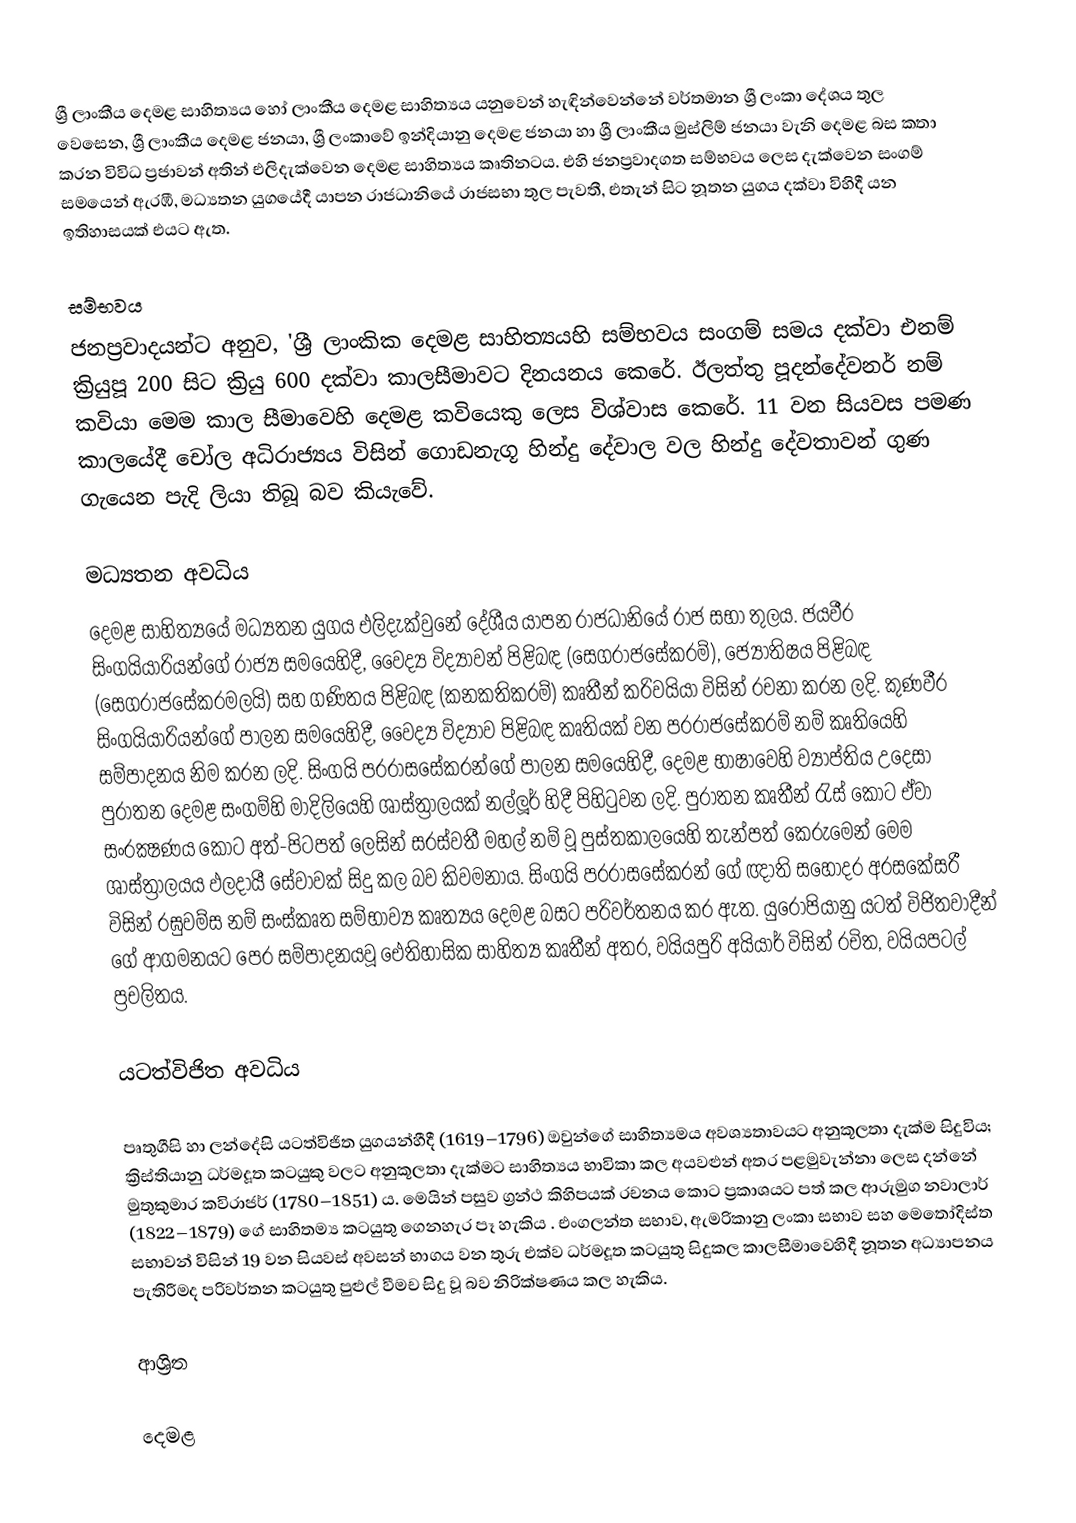
ශ්‍රී ලාංකීය දෙමළ සාහිත්‍යය හෝ ලාංකීය දෙමළ සාහිත්‍යය යනුවෙන් හැඳින්වෙන්නේ වර්තමාන ශ්‍රී ලංකා දේශය තුල වෙසෙන, ශ්‍රී ලාංකීය දෙමළ ජනයා, ශ්‍රී ලංකාවේ ‍ඉන්දියානු දෙමළ ජනයා හා ශ්‍රී ලාංකීය මුස්ලිම් ජනයා වැනි දෙමළ බස කතා කරන විවිධ ප්‍රජාවන් අතින් එලිදැක්වෙන දෙමළ සාහිත්‍යය කෘතිනටය. එහි ජනප්‍රවාදගත සම්භවය ලෙස දැක්වෙන  සංගම් සමයෙන් ඇරඹී,  මධ්‍යතන යුගයේදී යාපන රාජධානියේ රාජසභා තුල පැවතී, එතැන් සිට නූතන යුගය දක්වා විහිදී යන ඉතිහාසයක් එයට ඇත.

සම්භවය
ජනප්‍රවාදයන්ට අනුව, 'ශ්‍රී ලාංකික දෙමළ සාහිත්‍යයහි සම්භවය සංගම් සමය දක්වා එනම් ක්‍රියුපූ 200 සිට ක්‍රියු 600 දක්වා කාලසීමාවට දිනයනය කෙරේ. ඊලත්තු පූදන්දේවනර් නම් කවියා මෙම කාල සීමාවෙහි දෙමළ කවියෙකු ලෙස විශ්වාස කෙරේ. 11 වන සියවස පමණ කාලයේදී චෝල අධිරාජ්‍යය විසින් ගොඩනැගූ හින්දු දේවාල වල හින්දු දේවතාවන් ගුණ ගැයෙන පැදි ලියා තිබූ බව කියැවේ.

මධ්‍යතන අවධිය
දෙමළ සාහිත්‍යයේ මධ්‍යතන යුගය එලිදැක්වුනේ දේශීය යාපන රාජධානියේ රාජ සභා තුලය. ජයවීර සිංගයියාරියන්ගේ රාජ්‍ය සමයෙහිදී, වෛද්‍ය විද්‍යාවන් පිළිබඳ (සෙගරාජසේකරම්), ජ්‍යෝතිෂය පිළිබඳ (සෙගරාජසේකරමලයි) සහ  ගණිතය පිළිබඳ  (කනකතිකරම්) කෘතීන් කරිවයියා විසින් රචනා කරන ලදි. කුණවීර සිංගයියාරියන්ගේ පාලන සමයෙහිදී, වෛද්‍ය විද්‍යාව පිළිබඳ කෘතියක් වන  පරරාජසේකරම් නම් කෘතියෙහි සම්පාදනය නිම කරන ලදි. සිංගයි පරරාසසේකරන්ගේ පාලන සමයෙහිදී, දෙමළ භාෂාවෙහි ව්‍යාප්තිය උදෙසා පුරාතන දෙමළ සංගම්හි මාදිලියෙහි ශාස්ත්‍රාලයක් නල්ලූර් හිදී පිහිටුවන ලදි. පුරාතන කෘතීන් රැස් කොට ඒවා සංරක්‍ෂණය කොට  අත්-පිටපත් ලෙසින්  සරස්වතී මහල් නම් වූ පුස්තකාලයෙහි තැන්පත් කෙරුමෙන් මෙම ශාස්ත්‍රාලයය ඵලදායී සේවාවක් සිදු කල බව කිවමනාය. සිංගයි පරරාසසේකරන් ගේ ඥාති සහෝදර  අරසකේසරී  විසින් රඝුවම්ස නම් සංස්කෘත සම්භාව්‍ය කෘත්‍යය දෙමළ බසට පරිවර්තනය කර ඇත.  යුරෝපියානු යටත් විජිතවාදීන් ගේ ආගමනයට පෙර සම්පාදනයවූ ඓතිහාසික සාහිත්‍ය කෘතීන් අතර, වයියපුරි අයියාර් විසින් රචිත, වයියපටල් ප්‍රචලිතය.

යටත්විජිත අවධිය

පෘතුගීසි හා ලන්දේසි යටත්විජිත යුගයන්හීදී  (1619–1796) ඔවුන්ගේ සාහිත්‍යමය අවශ්‍යතාවයට අනුකූලතා දැක්ම සිදුවිය; ක්‍රිස්තියානු ධර්මදූත කටයුකු වලට අනුකූලතා දැක්මට සාහිත්‍යය භාවිකා කල අයවළුන් අතර පළමුවැන්නා ලෙස දන්නේ මුතුකුමාර කවිරාජර් (1780–1851) ය. මෙයින් පසුව  ග්‍රන්ථ කිහිපයක් රචනය කොට ප්‍රකාශයට පත් කල  ආරුමුග නවාලාර් (1822–1879) ගේ සාහිතම්‍ය  කටයුතු ගෙනහැර පෑ හැකිය .  එංගලන්ත සභාව, ඇමරිකානු ලංකා සභාව සහ මෙතෝදිස්ත සභාවන් විසින් 19 වන සියවස් අවසන් භාගය වන තුරු එක්ව ධර්මදූත කටයුතු සිදුකල කාලසීමාවෙහිදී  නූතන අධ්‍යාපනය පැතිරීමද පරිවර්තන කටයුතු පුළුල් වීමච සිදු වූ බව නිරික්ෂණය කල හැකිය.

ආශ්‍රිත

දෙමළ